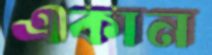
একান